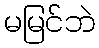
မမြင်ဘဲ